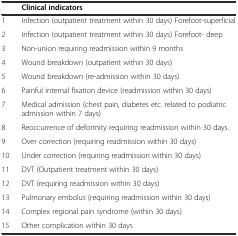
<table><thead><tr><td></td><td><b>Clinical indicators</b></td></tr></thead><tbody><tr><td>1</td><td>Infection (outpatient treatment within 30 days) Forefoot-superficial</td></tr><tr><td>2</td><td>Infection (outpatient treatment within 30 days) Forefoot- deep</td></tr><tr><td>3</td><td>Non-union requiring readmission within 9 months</td></tr><tr><td>4</td><td>Wound breakdown (outpatient within 30 days)</td></tr><tr><td>5</td><td>Wound breakdown (re-admission within 30 days)</td></tr><tr><td>6</td><td>Painful internal fixation device (readmission within 30 days)</td></tr><tr><td>7</td><td>Medical admission (chest pain, diabetes etc. related to podiatric admission within 7 days)</td></tr><tr><td>8</td><td>Reoccurrence of deformity requiring readmission within 30 days.</td></tr><tr><td>9</td><td>Over correction (requiring readmission within 30 days)</td></tr><tr><td>10</td><td>Under correction (requiring readmission within 30 days)</td></tr><tr><td>11</td><td>DVT (Outpatient treatment within 30 days)</td></tr><tr><td>12</td><td>DVT (requiring readmission within 30 days)</td></tr><tr><td>13</td><td>Pulmonary embolus (requiring readmission within 30 days)</td></tr><tr><td>14</td><td>Complex regional pain syndrome (within 30 days)</td></tr><tr><td>15</td><td>Other complication within 30 days</td></tr></tbody></table>